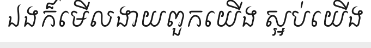
ឯងក៏មើលងាយពួកយើង ស្អប់យើង